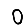
Digit: 0